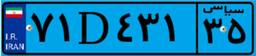
۷۱D۴۳۱۳۵